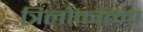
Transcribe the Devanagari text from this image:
त्रिलोकात्मा